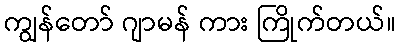
ကျွန်တော် ဂျာမန် ကား ကြိုက်တယ်။